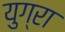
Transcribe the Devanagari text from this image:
युग्रा